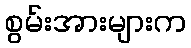
စွမ်းအားများက